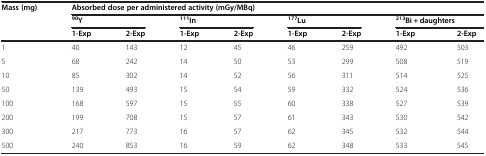
| <ROWSPAN=3> Mass (mg) | <COLSPAN=8> Absorbed dose per administered activity (mGy/MBq) |
 | <COLSPAN=2> 90Y | <COLSPAN=2> 111In | <COLSPAN=2> 177Lu | <COLSPAN=2> 213Bi + daughters |
 | 1-Exp | 2-Exp | 1-Exp | 2-Exp | 1-Exp | 2-Exp | 1-Exp | 2-Exp |
 | --- | --- | --- | --- | --- | --- | --- | --- | --- |
 | 1 | 40 | 143 | 12 | 45 | 46 | 259 | 492 | 503 |
 | 5 | 68 | 242 | 14 | 50 | 53 | 299 | 508 | 519 |
 | 10 | 85 | 302 | 14 | 52 | 56 | 311 | 514 | 525 |
 | 50 | 139 | 493 | 15 | 54 | 59 | 332 | 524 | 536 |
 | 100 | 168 | 597 | 15 | 55 | 60 | 338 | 527 | 539 |
 | 200 | 199 | 708 | 15 | 57 | 61 | 343 | 530 | 542 |
 | 300 | 217 | 773 | 16 | 57 | 62 | 345 | 532 | 544 |
 | 500 | 240 | 853 | 16 | 59 | 62 | 348 | 533 | 545 |